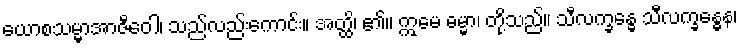
ယောစသမ္မာအာဇီဝေါ၊ သည်လည်းကောင်း။ အတ္ထိ၊ ၏။ ဣမေ ဓမ္မာ၊ တို့သည်။ သီလက္ခန္ဓေ သီလက္ခန္ဓေန၊